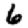
Digit: 6